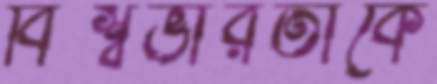
বিশ্বভারতীকে